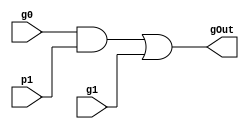
module TwoCombineG(
  input  g0,
         p1,
         g1,
  output gOut
);

  assign gOut = g0 & p1 | g1;
endmodule